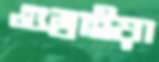
গুম্‌রাইয়া